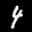
Label: 4